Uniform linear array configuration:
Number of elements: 48
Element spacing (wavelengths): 0.5
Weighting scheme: binomial
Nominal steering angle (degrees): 60
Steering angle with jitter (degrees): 61.178
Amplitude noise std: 0.05
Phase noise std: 0.05

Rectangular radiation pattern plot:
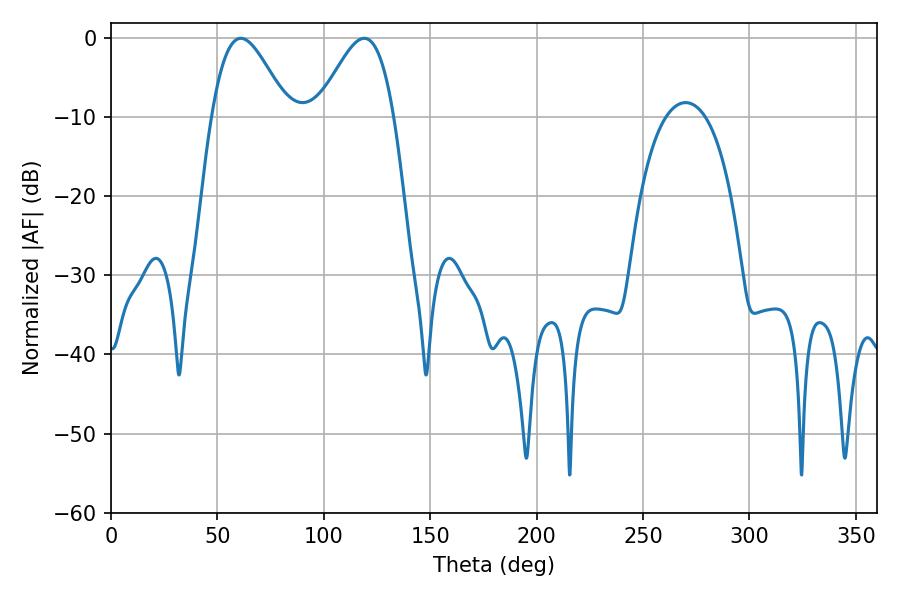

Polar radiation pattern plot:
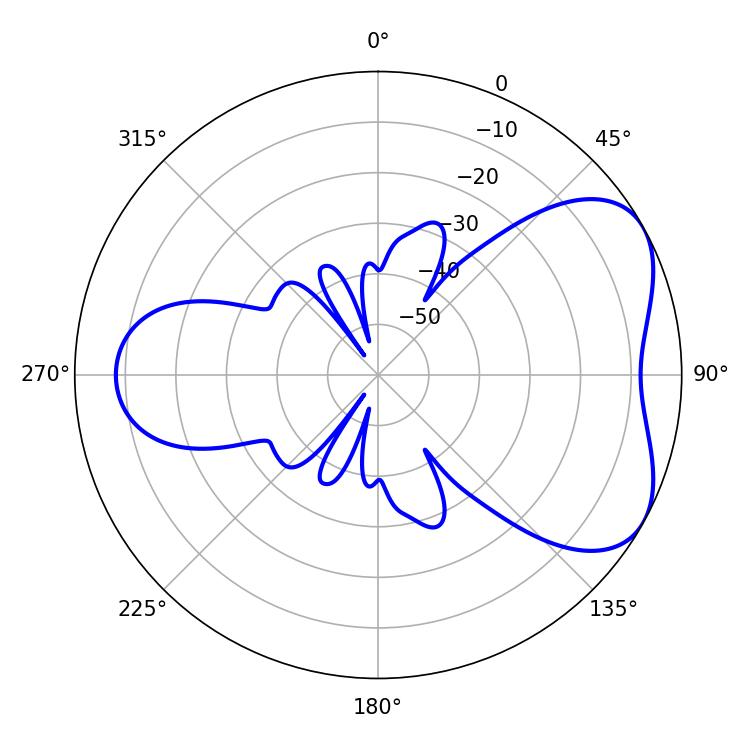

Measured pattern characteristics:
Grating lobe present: FALSE
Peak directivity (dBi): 5.133
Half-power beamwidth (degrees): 19.08
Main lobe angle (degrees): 61.02